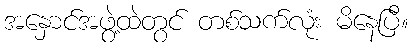
အနှောင်အဖွဲ့ထဲတွင် တစ်သက်လုံး မိနေပြီ။